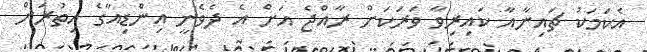
އެކަމަކު ޗައިނާއާ ކައިރިވާ ވަރަކަށް ރާއްޖެ އަށް އެ ދެވެނީ އިންޑިއާގެ އިތުރަށް